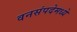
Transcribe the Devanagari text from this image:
वनसंपदेमध्ये